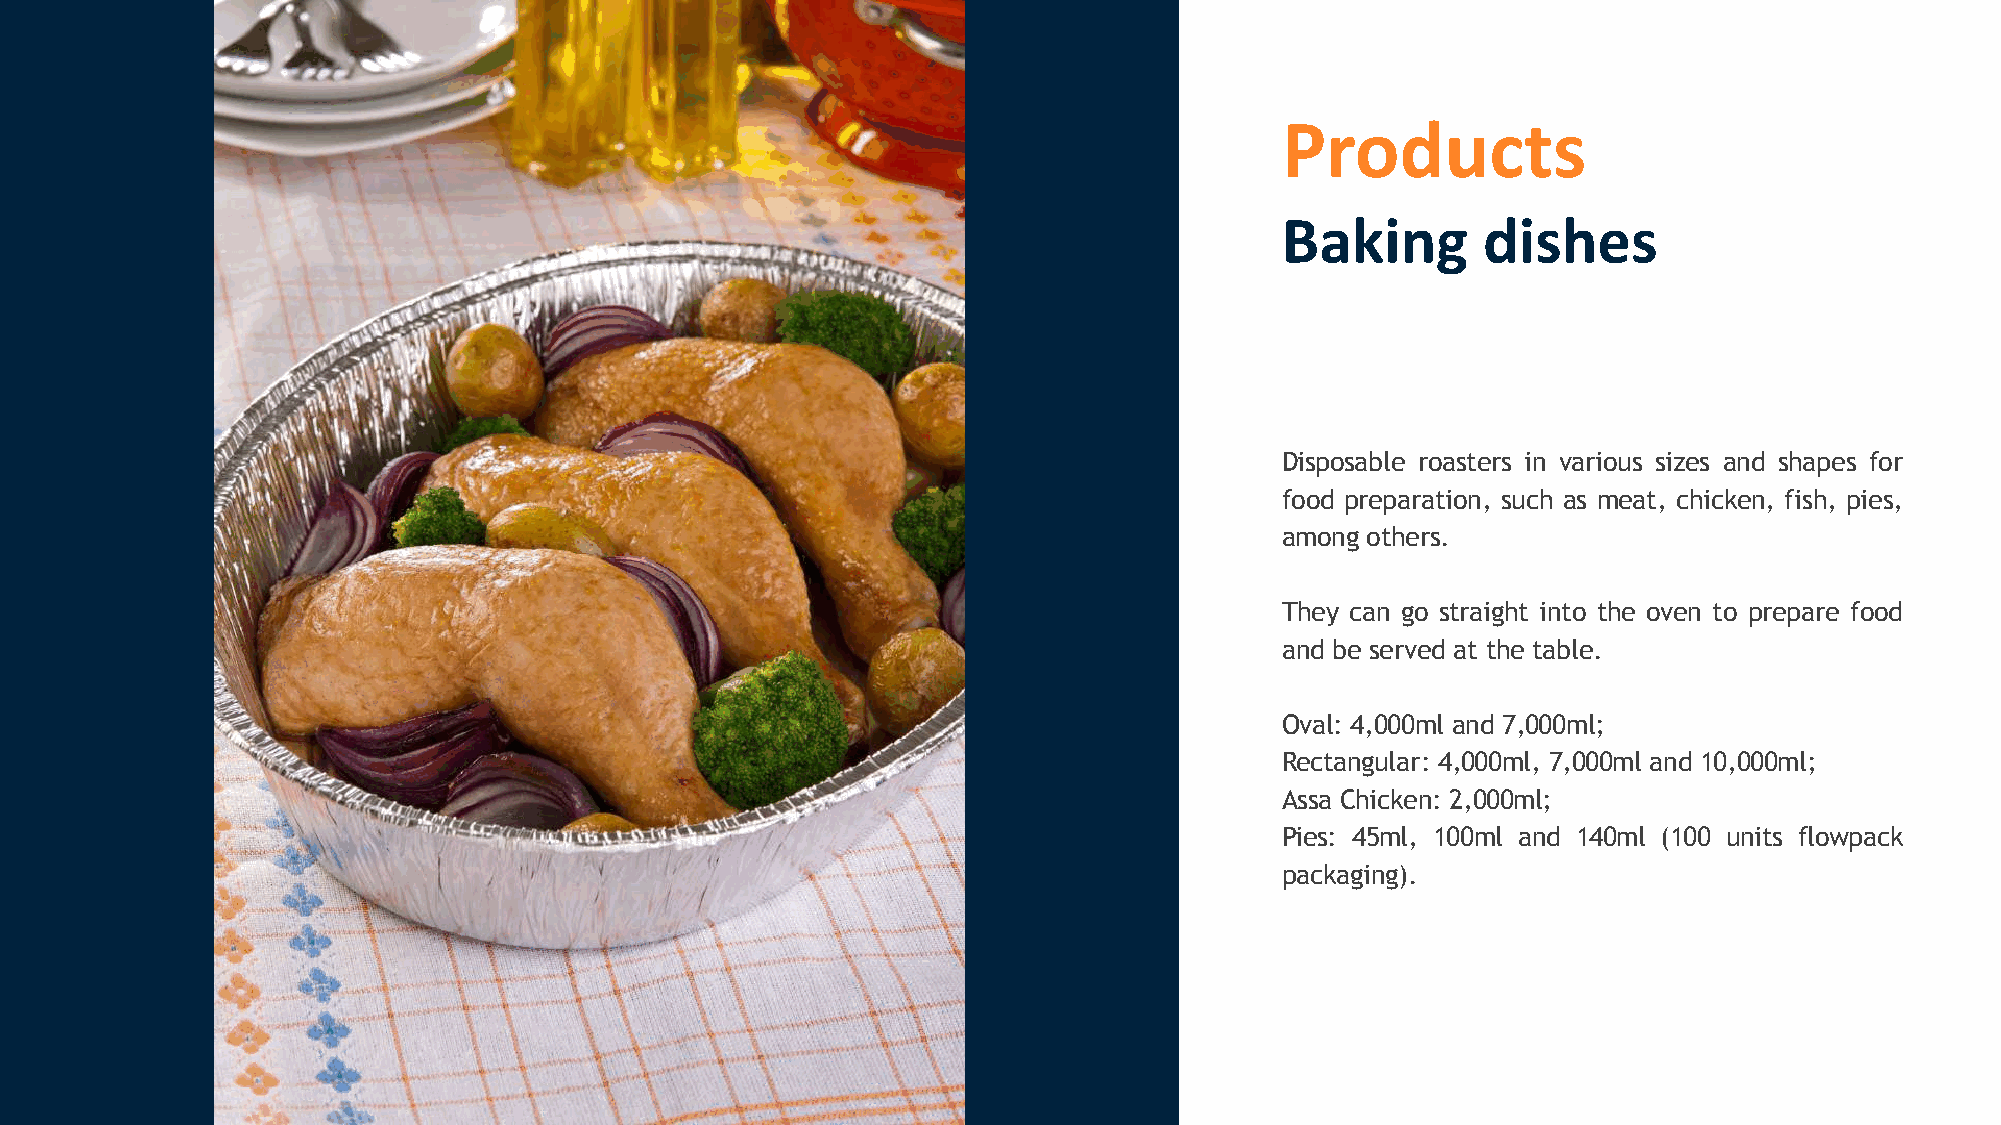
Products
 Baking       dishes
 Disposable roasters in various sizes and shapes for
 food preparation, such as meat, chicken, fish, pies,
 among others.
 They can go straight into the oven to prepare food
 and be served at the table.
 Oval: 4,000ml and 7,000ml;
 Rectangular: 4,000ml, 7,000ml and 10,000ml;
 Assa Chicken: 2,000ml;
 Pies: 45ml, 100ml and 140ml (100 units flowpack
 packaging).